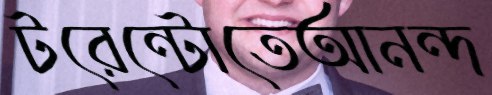
টরেন্টোতেআনন্দ